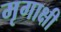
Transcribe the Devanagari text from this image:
मृगाक्षी